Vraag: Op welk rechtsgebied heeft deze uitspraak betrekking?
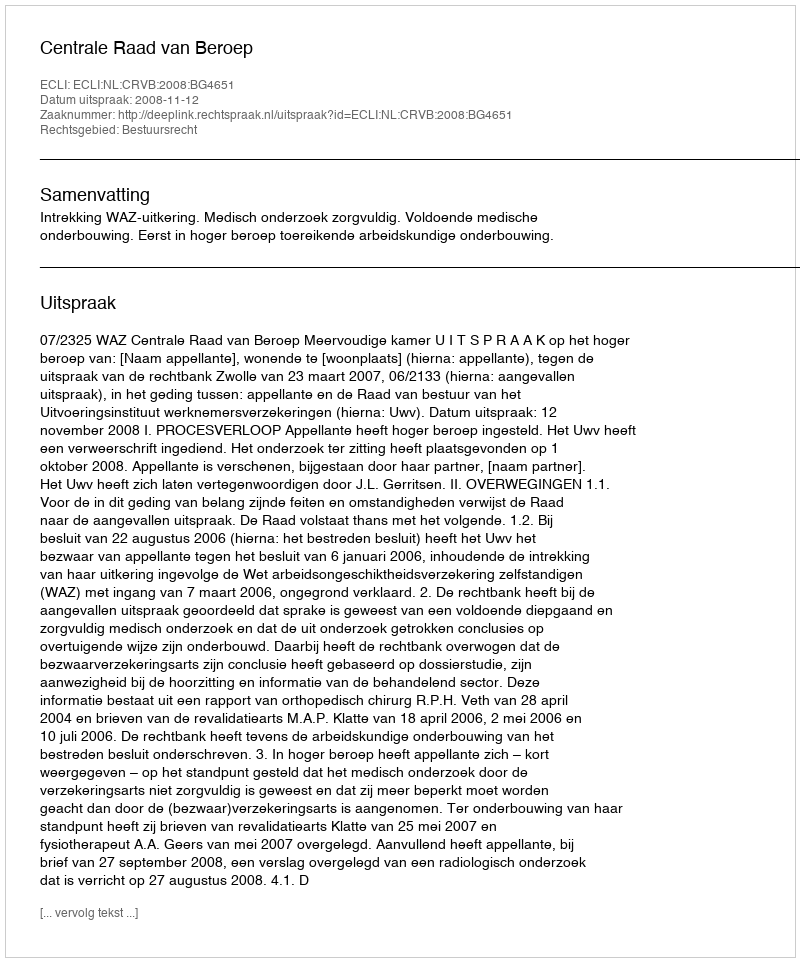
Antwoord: Bestuursrecht